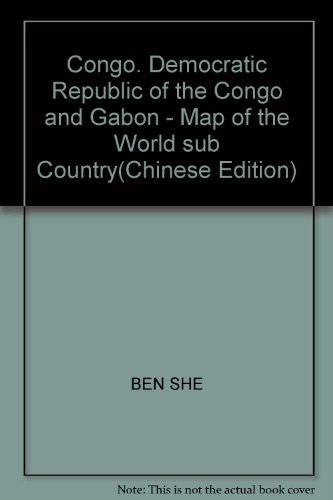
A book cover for Congo, Democratic Republic of the Congo and Gabon - Map of the World sub Country; BEN SHE; Travel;